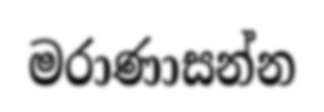
මරාණාසන්න